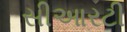
સીઆરટી